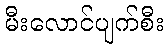
မီးလောင်ပျက်စီး